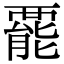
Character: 𧟽